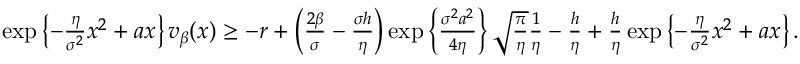
\begin{array} { r } { \exp \left\{ - \frac { \eta } { \sigma ^ { 2 } } x ^ { 2 } + a x \right\} v _ { \beta } ( x ) \geq - r + \left( \frac { 2 \beta } { \sigma } - \frac { \sigma h } { \eta } \right) \exp \left\{ \frac { \sigma ^ { 2 } a ^ { 2 } } { 4 \eta } \right\} \sqrt { \frac { \pi } { \eta } } \frac { 1 } { \eta } - \frac { h } { \eta } + \frac { h } { \eta } \exp \left\{ - \frac { \eta } { \sigma ^ { 2 } } x ^ { 2 } + a x \right\} . } \end{array}